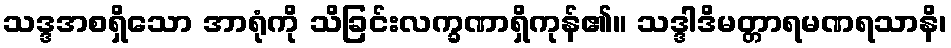
သဒ္ဒအစရှိသော အာရုံကို သိခြင်းလက္ခဏာရှိကုန်၏။ သဒ္ဒါဒိမတ္တာရမဏရသာနိ၊